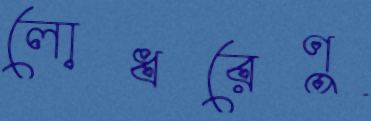
লোধরেণু